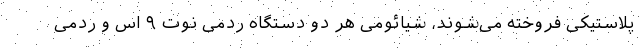
پلاستیکی فروخته می‌شوند، شیائومی هر دو دستگاه ردمی نوت ۹ اس و ردمی